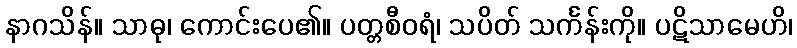
နာဂသိန်။ သာဓု၊ ကောင်းပေ၏။ ပတ္တစီဝရံ၊ သပိတ် သင်္ကန်းကို။ ပဋိသာမေဟိ၊